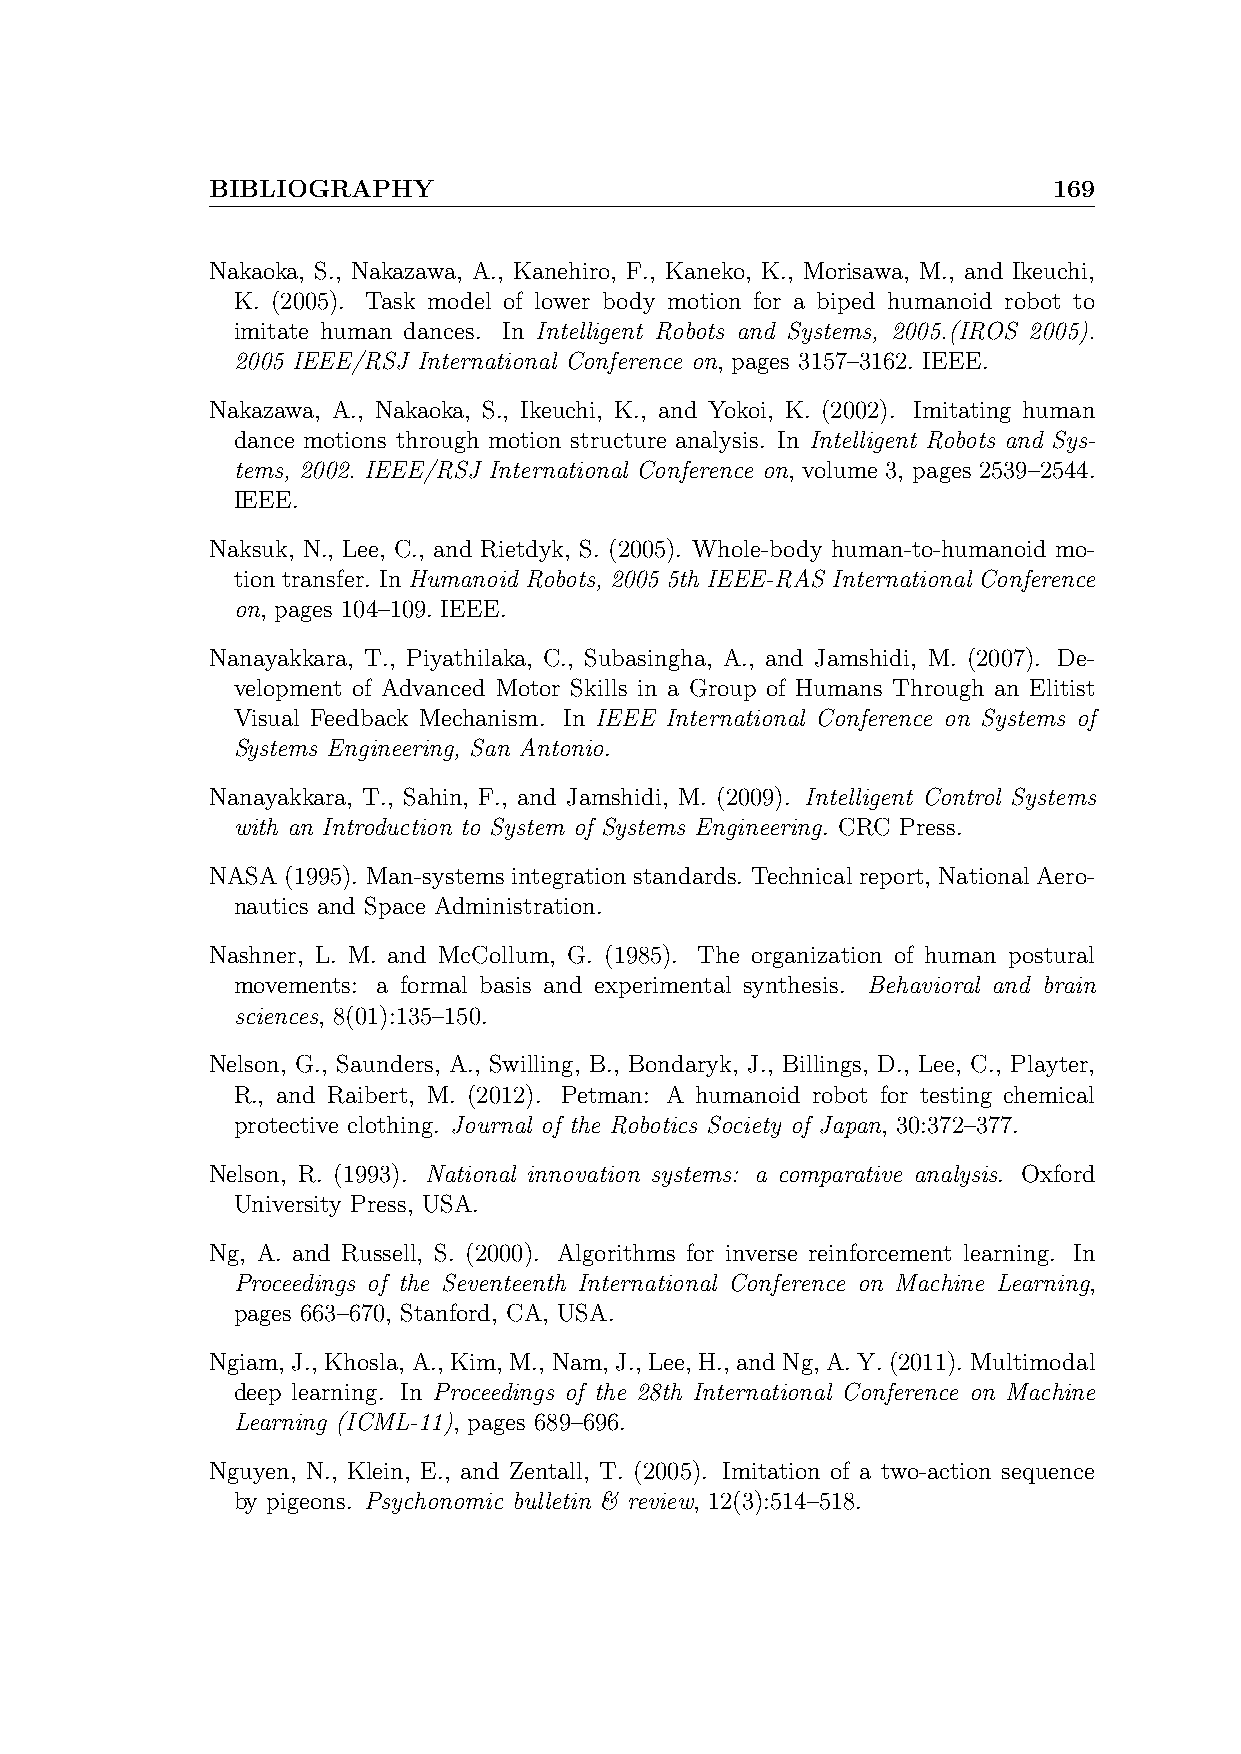
BIBLIOGRAPHY                                            169
 Nakaoka, S., Nakazawa, A., Kanehiro, F., Kaneko, K., Morisawa, M., and Ikeuchi,
 K. (2005). Task model of lower body motion for a biped humanoid robot to
 imitate human dances. In Intelligent Robots and Systems, 2005.(IROS 2005).
 2005 IEEE/RSJ International Conference on, pages 3157–3162. IEEE.
 Nakazawa, A., Nakaoka, S., Ikeuchi, K., and Yokoi, K. (2002). Imitating human
 dance motions through motion structure analysis. In Intelligent Robots and Sys-
 tems, 2002. IEEE/RSJ International Conference on, volume 3, pages 2539–2544.
 IEEE.
 Naksuk, N., Lee, C., and Rietdyk, S. (2005). Whole-body human-to-humanoid mo-
 tion transfer. In Humanoid Robots, 2005 5th IEEE-RAS International Conference
 on, pages 104–109. IEEE.
 Nanayakkara, T., Piyathilaka, C., Subasingha, A., and Jamshidi, M. (2007). De-
 velopment of Advanced Motor Skills in a Group of Humans Through an Elitist
 Visual Feedback Mechanism. In IEEE International Conference on Systems of
 Systems Engineering, San Antonio.
 Nanayakkara, T., Sahin, F., and Jamshidi, M. (2009). Intelligent Control Systems
 with an Introduction to System of Systems Engineering. CRC Press.
 NASA (1995). Man-systems integration standards. Technical report, National Aero-
 nautics and Space Administration.
 Nashner, L. M. and McCollum, G. (1985). The organization of human postural
 movements: a formal basis and experimental synthesis. Behavioral and brain
 sciences, 8(01):135–150.
 Nelson, G., Saunders, A., Swilling, B., Bondaryk, J., Billings, D., Lee, C., Playter,
 R., and Raibert, M. (2012). Petman: A humanoid robot for testing chemical
 protective clothing. Journal of the Robotics Society of Japan, 30:372–377.
 Nelson, R. (1993). National innovation systems: a comparative analysis. Oxford
 University Press, USA.
 Ng, A. and Russell, S. (2000). Algorithms for inverse reinforcement learning. In
 Proceedings of the Seventeenth International Conference on Machine Learning,
 pages 663–670, Stanford, CA, USA.
 Ngiam, J., Khosla, A., Kim, M., Nam, J., Lee, H., andNg, A.Y.(2011). Multimodal
 deep learning. In Proceedings of the 28th International Conference on Machine
 Learning (ICML-11), pages 689–696.
 Nguyen, N., Klein, E., and Zentall, T. (2005). Imitation of a two-action sequence
 by pigeons. Psychonomic bulletin & review, 12(3):514–518.